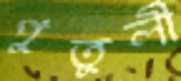
পুতুলী